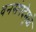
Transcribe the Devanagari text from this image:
वनसंपदेमुळे